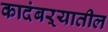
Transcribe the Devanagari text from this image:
कादंबऱ्यातील